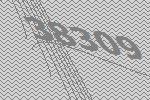
38309